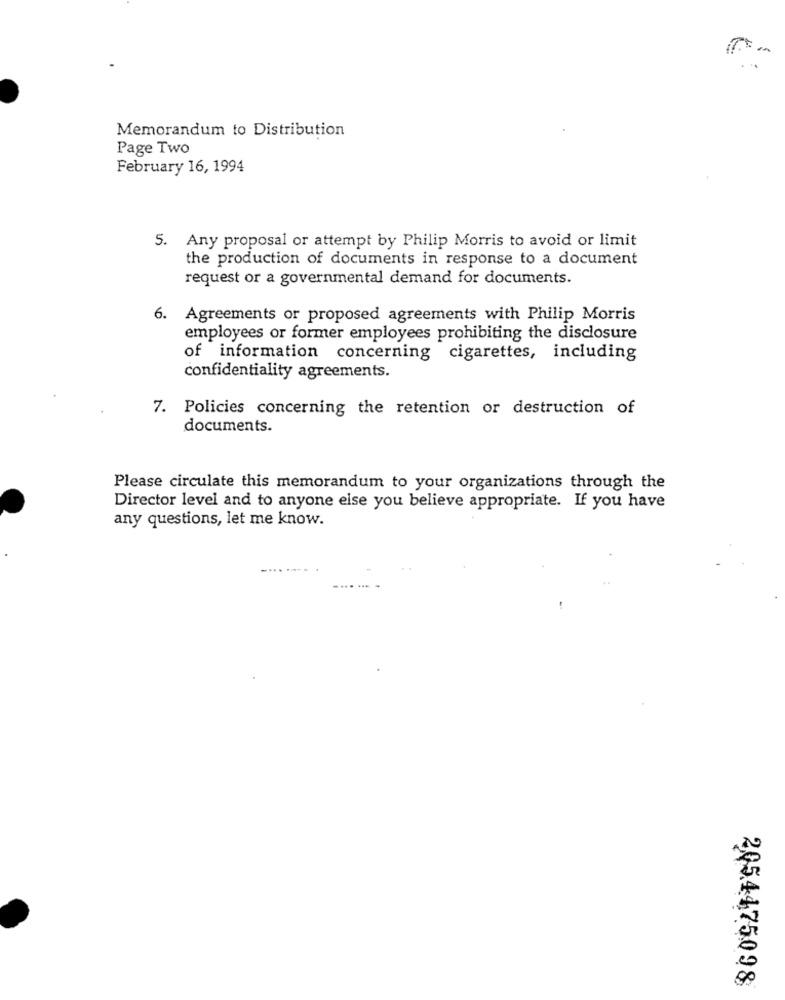
Memorandum to Distribution
Page Two
February 16, 1994
5. Any proposal or attempt by Philip Morris to avoid or limit
the production of documents in response to a document
request or a governmental demand for documents.
6. Agreements or proposed agreements with Philip Morris
employees or former employees prohibiting the disclosure
of information concerning cigarettes, including
confidentiality agreements.
7. Policies concerning the retention or destruction of
documents.
Please circulate this memorandum to your organizations through the
Director level and to anyone else you believe appropriate. If you have
any questions, let me know.
205.4475098